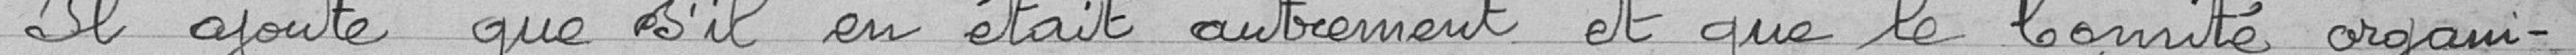
Il ajoute que s'il en était autrement et que le Comité organi